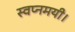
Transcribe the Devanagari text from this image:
स्वप्नमयी।